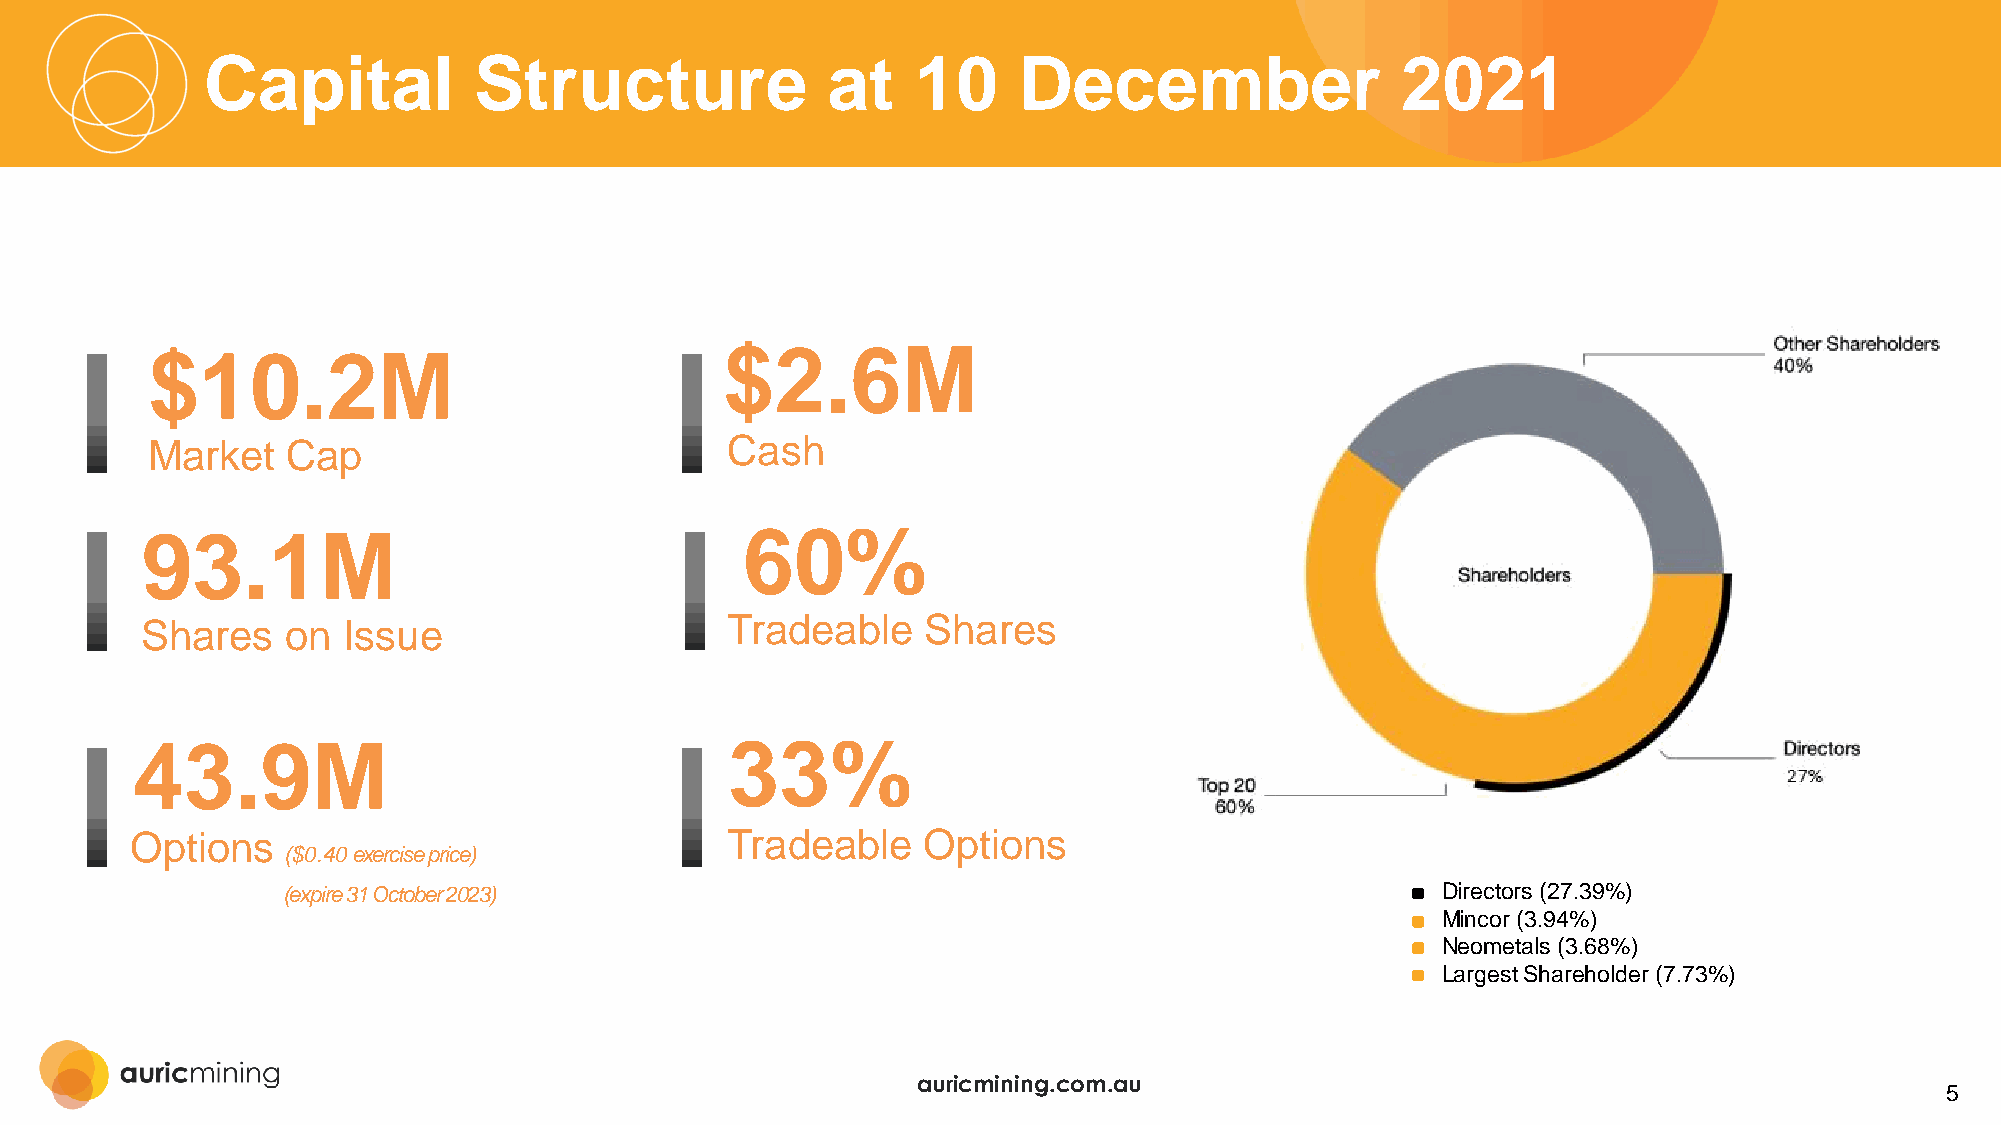
Capital           Structure               at    10    December                  2021
 $2.6M
 $10.2M
 Market   Cap                          Cash
 93.1M                                   60%
 Shares    on  Issue                    Tradeable    Shares
 43.9M                                  33%
 Options                                Tradeable    Options
 ($0.40exerciseprice)
 (expire 31 October 2023)                                                    Directors (27.39%)
 Mincor (3.94%)
 Neometals (3.68%)
 Largest Shareholder (7.73%)
 auricmining.com.au
 5